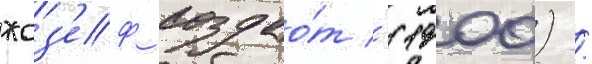
жоз'еф создао́т '(1900) /